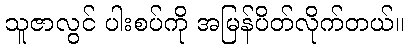
သူဇာလွင် ပါးစပ်ကို အမြန်ပိတ်လိုက်တယ်။